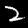
Digit: 2